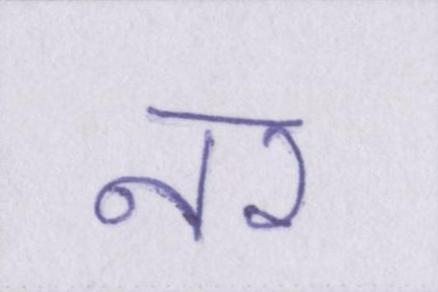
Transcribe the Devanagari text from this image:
नर